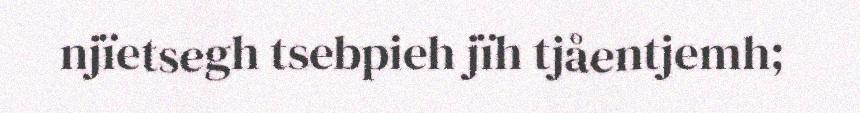
njïetsegh tsebpieh jïh tjåentjemh;